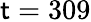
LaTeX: \mathsf{t}=309